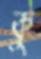
কু